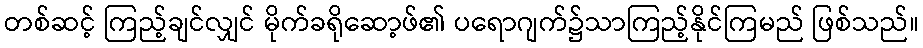
တစ်ဆင့် ကြည့်ချင်လျှင် မိုက်ခရိုဆော့ဖ်၏ ပရောဂျက်၌သာကြည့်နိုင်ကြမည် ဖြစ်သည်။